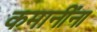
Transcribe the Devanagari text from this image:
कमानींना